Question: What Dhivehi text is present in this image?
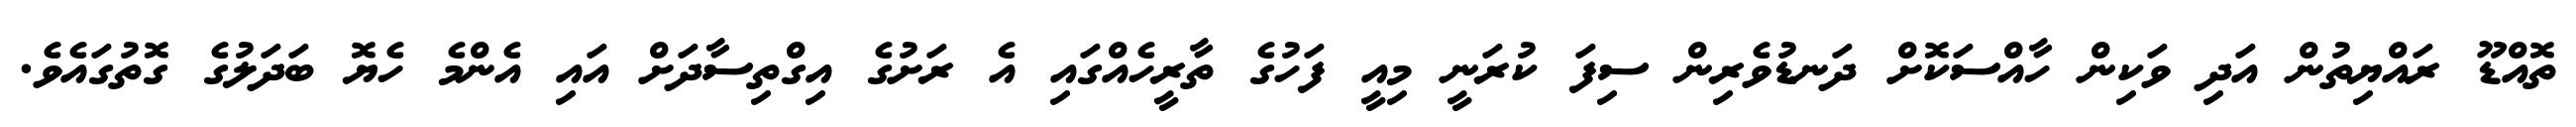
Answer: ތޮއްޑޫ ރައްޔިތުން އަދި ވަކިން ހާއްސަކޮށް ދަނޑުވެރިން ސިފަ ކުރަނީ މިއީ ފަހުގެ ތާރީހެއްގައި އެ ރަށުގެ އިގްތިސާދަށް އައި އެންމެ ހެޔޮ ބަދަލުގެ ގޮތުގައެވެ.